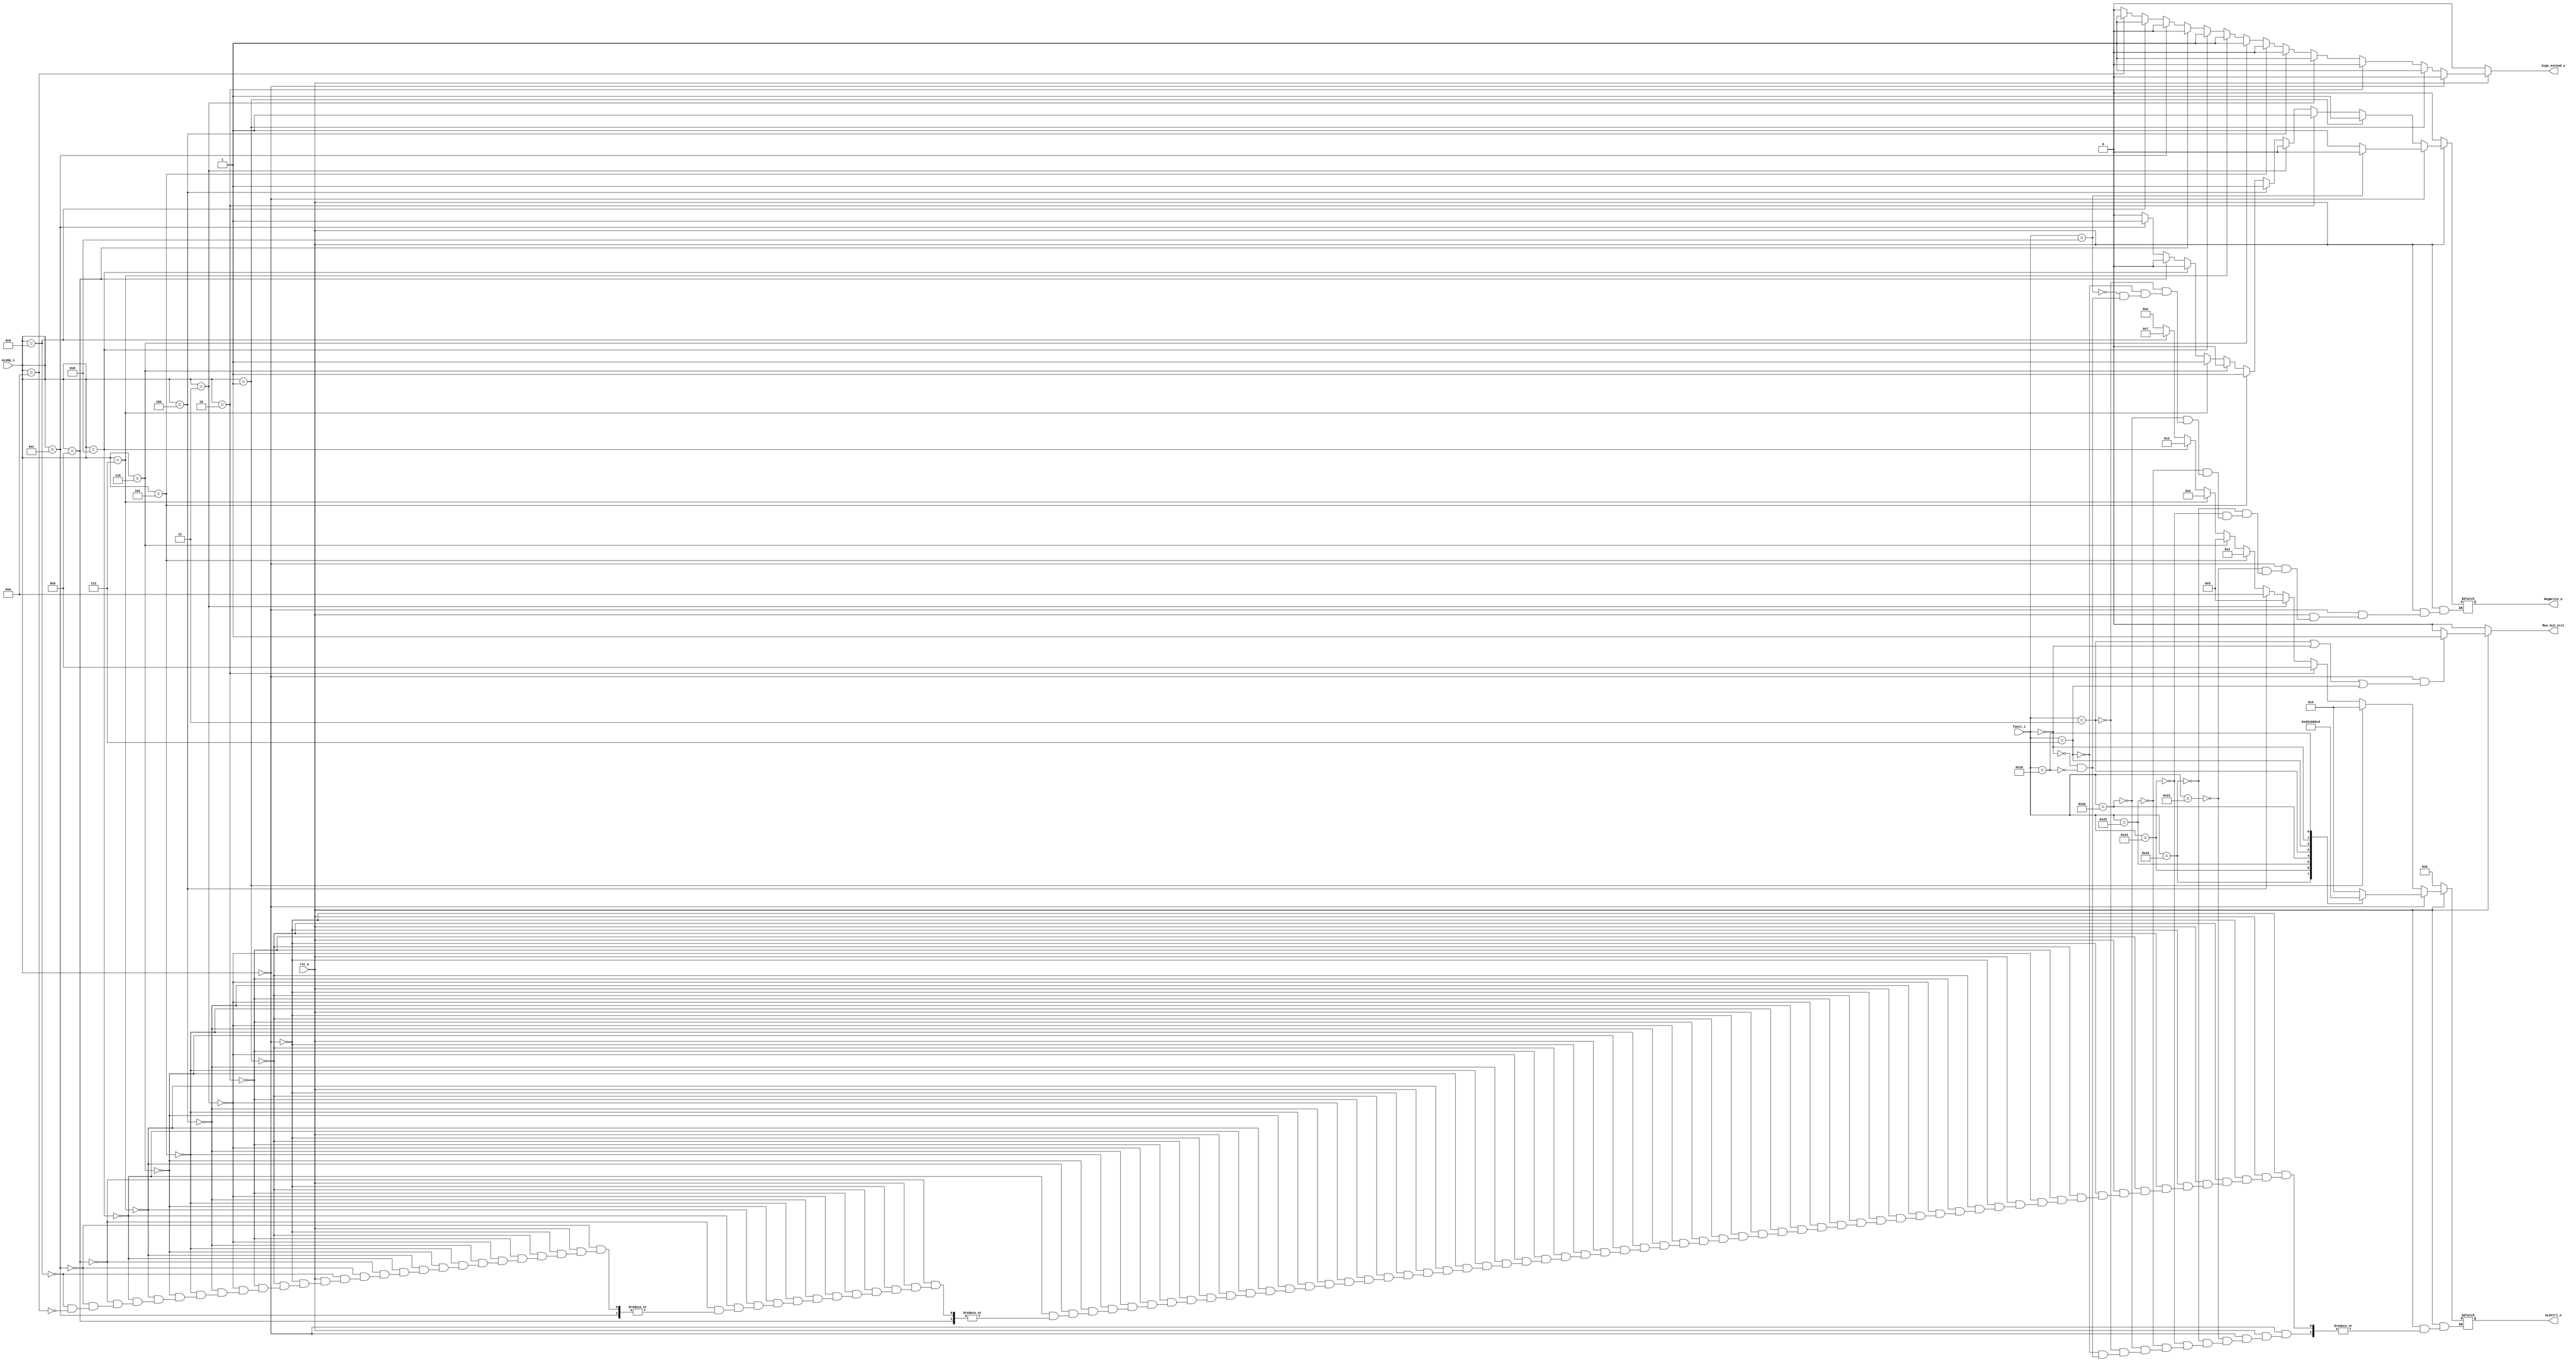

module ALU_Ctrl(
        rst_n,
        funct_i,
        ALUOp_i,
        ALUCtrl_o,
        Sign_extend_o,
        Mux_ALU_src1,
        RegWrite_o
        );

//I/O ports
input      [6-1:0] funct_i;
input      [4-1:0] ALUOp_i;
input      rst_n;

output     [4-1:0] ALUCtrl_o;

//Internal Signals
reg        [4-1:0] ALUCtrl_o;
output reg Sign_extend_o;
output reg Mux_ALU_src1;
output reg RegWrite_o = 0;


//Select exact operation

//actual ALU control code
localparam [4-1:0] A_AND=0, A_OR=1, A_LW=2, A_SW=3, A_ADDU=4, A_SUBU=5, A_SLT=6, A_BLEZ=7,
                   A_SRA=8, A_SRAV=9, A_LUI=10, A_SLTU=11, A_SLL=12, A_SMUL=13, A_BGTZ=14;

//ALUOP from decoder
localparam[4-1:0] R_TYPE=0, ADDI=1, SLTIU=2, 
                  BEQ=3, LUI=4, ORI=5, BNE=6,
                  LW=7, SW=8, BLEZ=9, BGTZ=10,
                  J=11, JAL=12;

//begin logic
always@(*) begin  

    if(rst_n) begin
        if(ALUOp_i == R_TYPE && (funct_i == 6'b000011 || funct_i == 6'b000000
         || funct_i == 6'b000111)) begin
            Mux_ALU_src1 = 1;
        end
        else begin
            Mux_ALU_src1 = 0;
        end
        

        if(ALUOp_i == R_TYPE) begin
            case(funct_i) 
                6'b100001: begin //add unsigned
                    ALUCtrl_o = A_ADDU;
                    RegWrite_o = 1;
                end
                6'b100011: begin //sub unsigned
                    ALUCtrl_o = A_SUBU;
                    RegWrite_o = 1;
                end
                6'b100100: begin //bitwise and
                    ALUCtrl_o = A_AND;
                    RegWrite_o = 1;
                end
                6'b100101: begin //bitwise or
                    ALUCtrl_o = A_OR;
                    RegWrite_o = 1;
                end
                6'b101010: begin //slt
                    ALUCtrl_o = A_SLT;
                    RegWrite_o = 1;
                end
                6'b000011: begin // shift right constant
                    ALUCtrl_o = A_SRA;
                    RegWrite_o = 1;
                end
                6'b000111: begin //shift right variable
                    ALUCtrl_o = A_SRAV;
                    RegWrite_o = 1;
                end
                6'b001000: begin //jump register
                    RegWrite_o = 0;
                
                end
                6'b000000: begin //shift left logical
                    ALUCtrl_o = A_SLL;
                    RegWrite_o = 1;
                end
                6'b011000: begin //signed multiplication
                    ALUCtrl_o = A_SMUL;
                    RegWrite_o = 1;
                end

                default:;


            endcase
            Sign_extend_o = 0;
        end

        else if(ALUOp_i == ADDI) begin
            Sign_extend_o = 1;
            ALUCtrl_o = A_ADDU;
            RegWrite_o = 1;

        end
        else if(ALUOp_i == SLTIU) begin
            Sign_extend_o = 0;
            ALUCtrl_o = A_SLTU;
            RegWrite_o = 1;

        end
        else if(ALUOp_i == BEQ)begin
            Sign_extend_o = 1;
            ALUCtrl_o = A_SUBU;
            RegWrite_o = 0;
        end
        else if (ALUOp_i == LUI) begin
            Sign_extend_o = 0;
            ALUCtrl_o = A_LUI;
            RegWrite_o = 1;
        end
        else if (ALUOp_i == ORI) begin
            Sign_extend_o = 0;
            ALUCtrl_o = A_OR;
            RegWrite_o = 1;
        end 
        else if(ALUOp_i == BNE)begin
            Sign_extend_o = 1;
            ALUCtrl_o = A_SUBU;
            RegWrite_o = 0;
        end
        else if(ALUOp_i == LW)begin
            Sign_extend_o = 1;
            ALUCtrl_o = A_LW;
            RegWrite_o = 1;
        end
        else if(ALUOp_i == SW)begin
            Sign_extend_o = 1;
            ALUCtrl_o = A_SW;
            RegWrite_o = 0;
        end
        
        else if(ALUOp_i == J)begin
            Sign_extend_o = 0;        
            RegWrite_o = 0;
        end
        else if(ALUOp_i == JAL)begin
            Sign_extend_o = 0;
            RegWrite_o = 1;        
        end
        else if(ALUOp_i == BLEZ)begin
            Sign_extend_o = 1;
            ALUCtrl_o = A_BLEZ;
            RegWrite_o = 0;
        end
        else if(ALUOp_i == BGTZ)begin
            Sign_extend_o = 1;
            ALUCtrl_o = A_BGTZ;
            RegWrite_o = 0;
        end

        else begin
            Sign_extend_o = 0;
            RegWrite_o = 0;
        end
    end
    else begin
        Sign_extend_o = 0;
        ALUCtrl_o = 0;
        RegWrite_o = 0;
        Mux_ALU_src1 = 0;

    end

    

end


endmodule